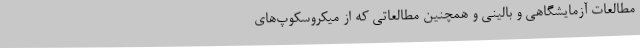
مطالعات آزمایشگاهی و بالینی و همچنین مطالعاتی که از میکروسکوپ‌های